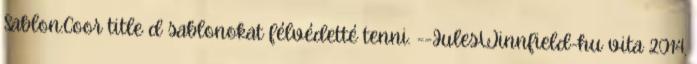
Sablon:Coor title d sablonokat félvédetté tenni. --JulesWinnfield-hu vita 2014.